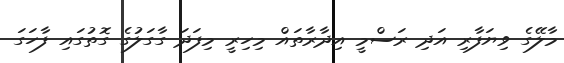
މާލޭގެ ވިޔަފާރި އަދި ރަސްމީ އިދާރާތައް މިހިރީ މިފަދަ ގާގަލުގެ ގޮތުގައި ފާހަގަ